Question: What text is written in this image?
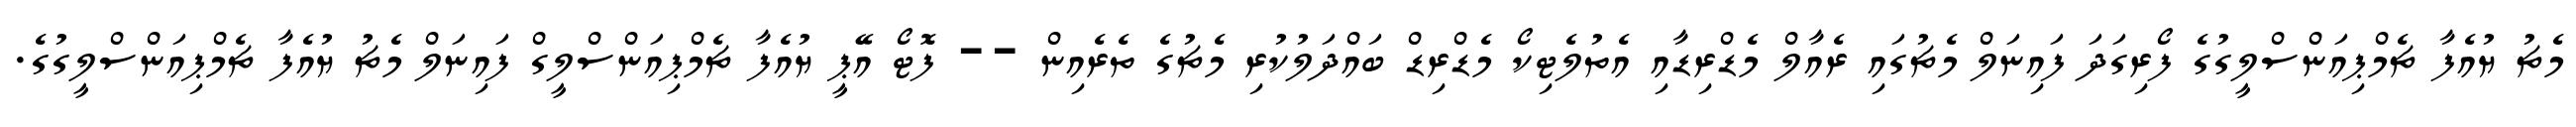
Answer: މެޗު ޔުއެފާ ޗެމްޕިއަންސްލީގުގެ ފޯރިގަދަ ފައިނަލް މެޗުގައި ރެއާލް މެޑްރިޑާއި އެތުލެޓިކޯ މެޑްރިޑް ބައްދަލުކުރި މެޗުގެ ތެރެއިން -- ފޮޓޯ އޭޕީ ޔުއެފާ ޗެމްޕިއަންސްލީގް ފައިނަލް މެޗު ޔުއެފާ ޗެމްޕިއަންސްލީގުގެ.